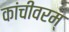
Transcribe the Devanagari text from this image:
कांचीवरम्